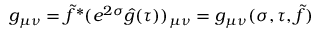
g _ { \mu \nu } = \tilde { f } ^ { * } ( e ^ { 2 \sigma } \hat { g } ( \tau ) ) _ { \mu \nu } = g _ { \mu \nu } ( \sigma , \tau , \tilde { f } )